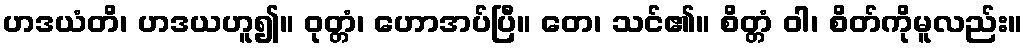
ဟဒယံတိ၊ ဟဒယဟူ၍။ ဝုတ္တံ၊ ဟောအပ်ပြီ။ တေ၊ သင်၏။ စိတ္တံ ဝါ၊ စိတ်ကိုမူလည်း။